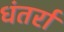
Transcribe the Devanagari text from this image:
धंतर्रा